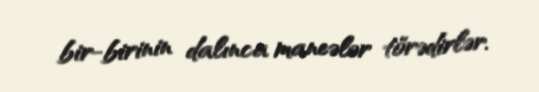
bir-birinin dalınca maneələr törədirlər.